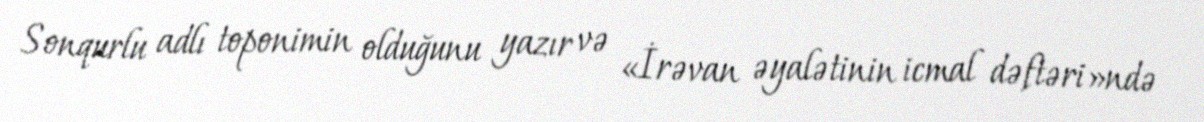
Sonqurlu adlı toponimin olduğunu yazır və «İrəvan əyalətinin icmal dəftəri»ndə